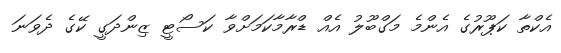
އެކްތާ ކަޕޫރުގެ އެންމެ މަގްބޫލު އެއް ޑްރާމާކަމަށްވާ ކަސޯޓީ ޒިންދަގީ ކޭގެ ދެވަނަ